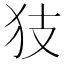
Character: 𱭴